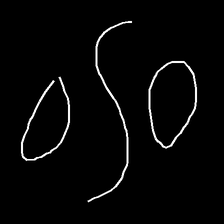
Glyph: water